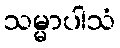
သမ္မာပါသံ